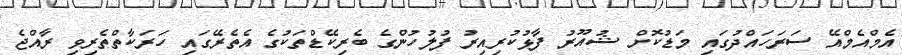
އެމްއެމްއޭ ސަރަހައްދުގައި މަޑުކޮށް ޝުއޫރު ފާޅުކުރިއިރު ފުލުހުންގެ ބެރިކޭޑްތަކުގެ އެތެރޭގައި ހަރަކާތްތެރިވި ރާއްޖެ